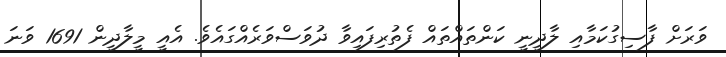
ވަރަށް ފާސިގުކަމާއި ލާދީނީ ކަންތައްތައް ފެތުރިފައިވާ ދުވަސްވަރެއްގައެވެ. އެއީ މީލާދީން 1691 ވަނަ